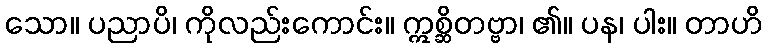
သော။ ပညာပိ၊ ကိုလည်းကောင်း။ ဣစ္ဆိတဗ္ဗာ၊ ၏။ ပန၊ ပါး။ တာဟိ